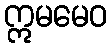
ဣမမေဝ